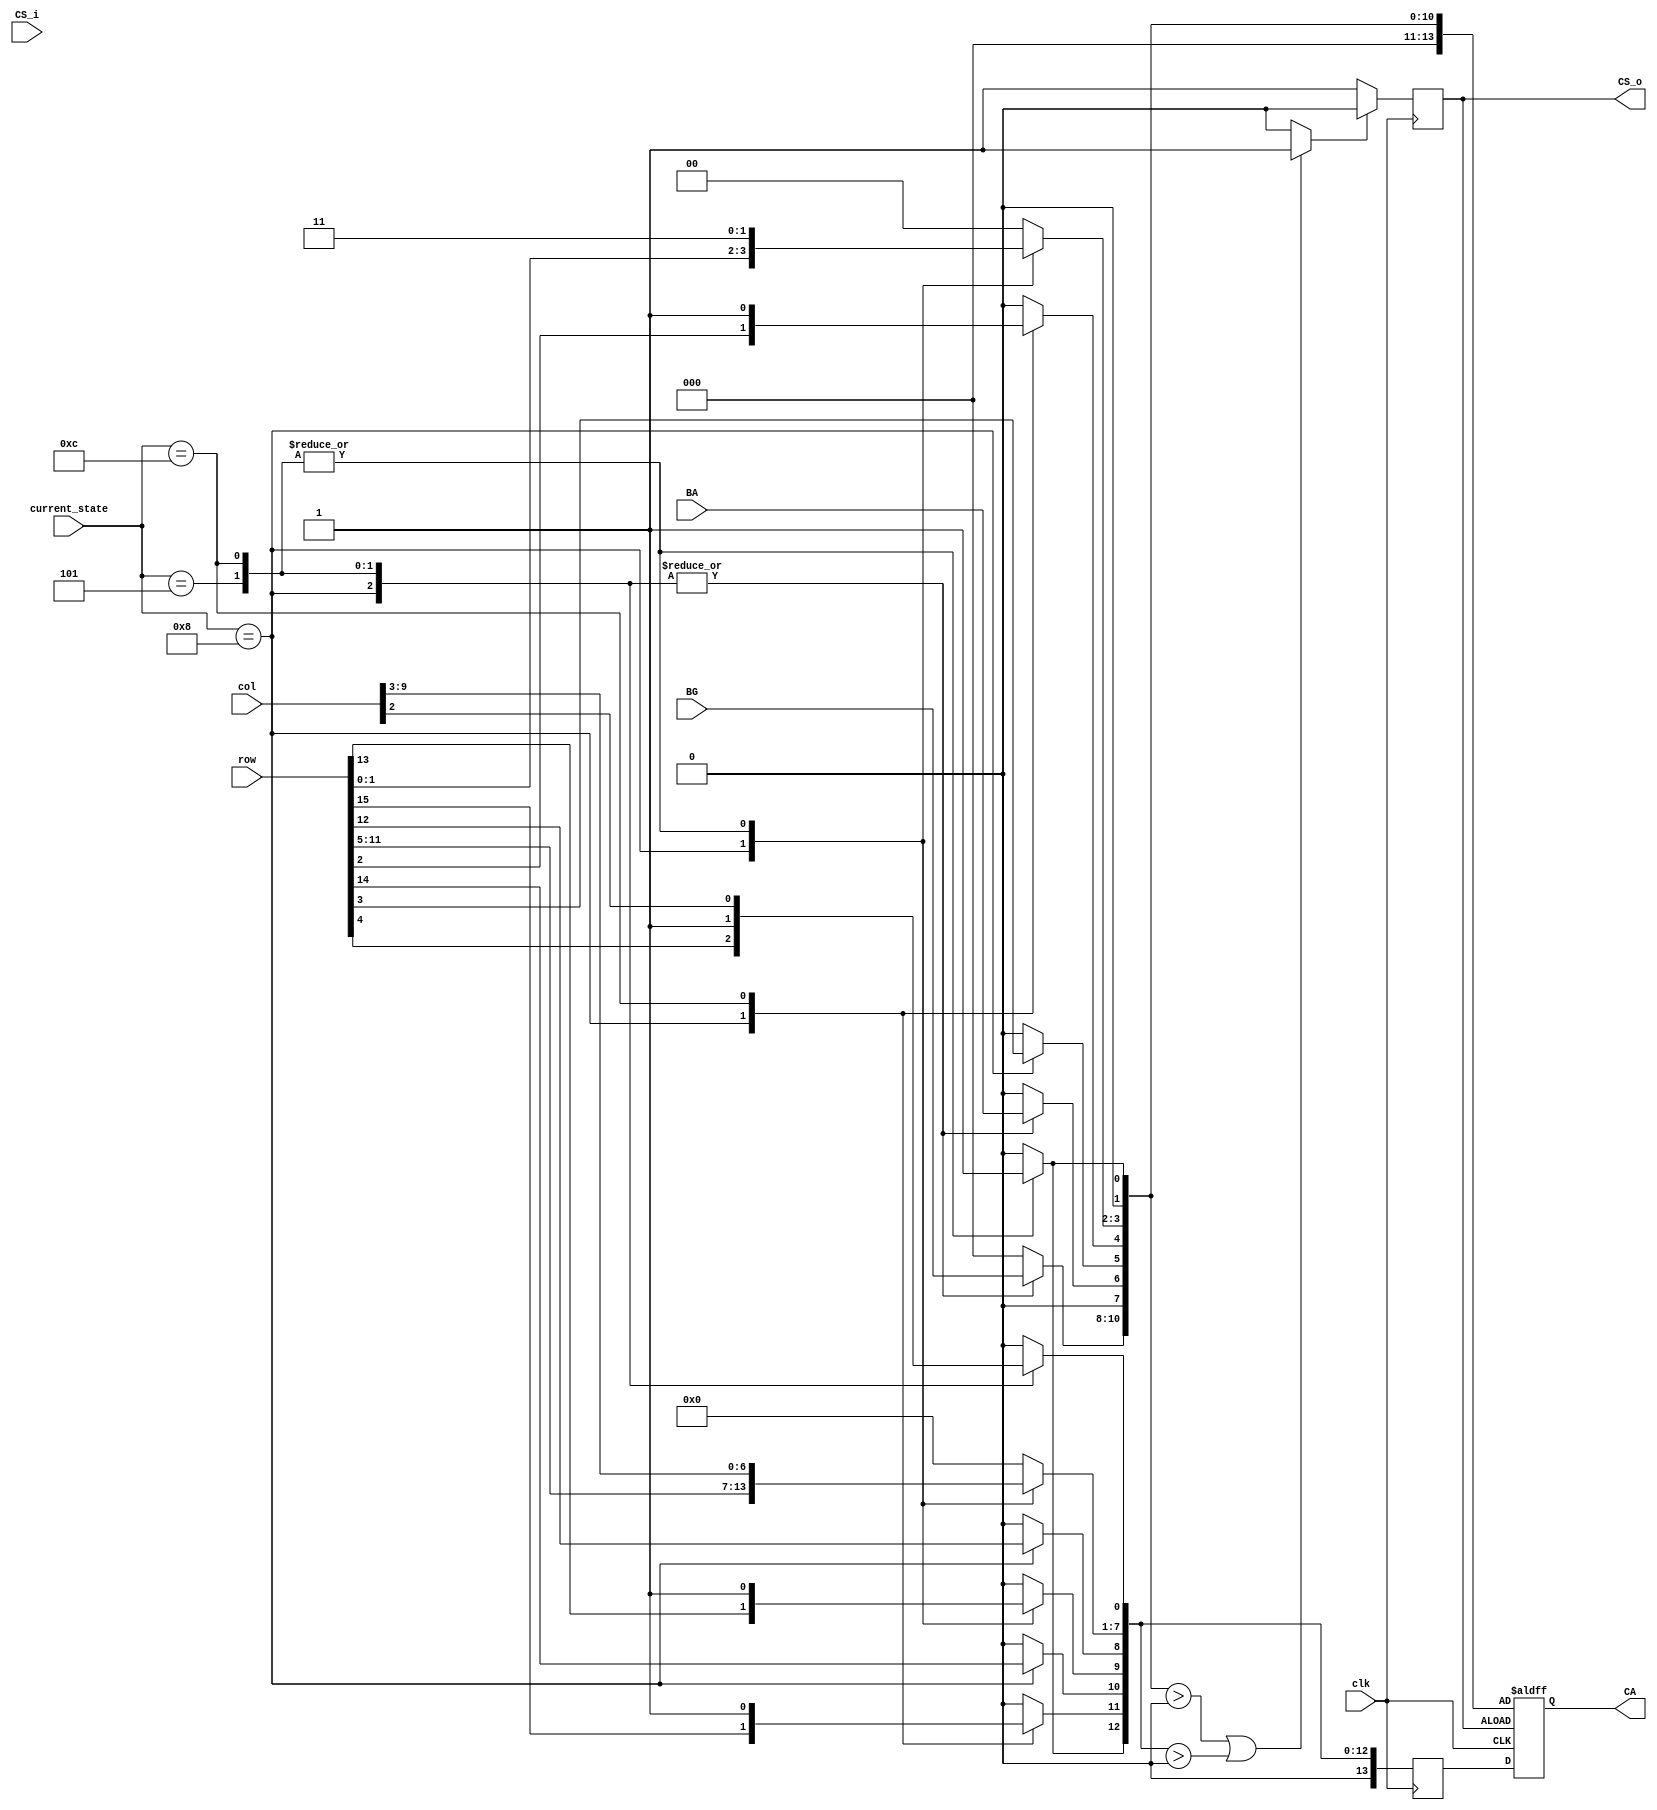
module pkt_gen(
    input [2:0]     BG,
    input           BA,
    input [15:0]    row,
    input [9:0]     col,
    input           CS_i,   //coming from pkt_gen_ctrl
                    clk,
    input [3:0]     current_state,

    output reg [13:0]   CA,
    //output              en,
    output reg          CS_o
);
//concatenate inputs in a certain way with CS at the begining 

reg [13:0] out1;
reg [13:0] out2;
reg [13:0] out3;
wire en;
assign en = (out1>0 || out2>0) ? 1'b1:1'b0;
wire VALID = 1'b1;

localparam [3:0]    IDLE = 4'd0,
                    ACT     =   4'd8,
                    WRP     =   4'd1,
                    WRPA    =   4'd3,
                    MRW     =   4'd2,
                    MRR     =   4'd6,
                    WR      =   4'd7,
                    WRA     =   4'd5,
                    RD      =   4'd4,
                    RDA     =   4'd12,
                    PRE     =   4'd13;

always @* begin
    case (current_state) 
        IDLE:begin
            out1[13:0] = 14'd0;
            out2[13:0] = 14'd0;
        end
        ACT:begin
                out1[1:0]    =   2'd0;
                out1[5:2]    =   row[3:0];
                out1[7:6]    =   {1'b0,BA}; //concatenation between BA and 0 on the MSB
                out1[10:8]   =   BG[2:0];
                out1[13:11]  =   3'd0;
                out2[11:0]   =   row[15:4];
                out2[13:12]  =   2'd0;
        end
        WRA:begin
                out1[0]      =   1'b1;
                out1[1]      =   1'b0;
                out1[3:2]    =   2'b11;
                out1[5:4]    =   2'd0;
                out1[7:6]    =   {1'b0,BA};
                out1[10:8]   =   BG[2:0];
                out1[13:11]  =   3'd0;
                out2[0]      =   VALID;   //VALID=HIGH
                out2[7:1]    =   col[9:3];
                out2[8]      =   1'b0;
                out2[9]      =   VALID;
                out2[11:10]  =   2'd0;
                out2[12]     =   VALID;
                out2[13]     =   1'b0;
        end
        RDA:begin
                out1[0]      =   1'b1;
                out1[1]      =   1'b0;
                out1[4:2]    =   3'b111;
                out1[5]      =   1'd0;
                out1[7:6]    =   {1'b0,BA};
                out1[10:8]   =   BG[2:0];
                out1[13:11]  =   3'd0;
                out2[7:0]    =   col[9:2];
                out2[8]      =   1'b0;
                out2[9]      =   VALID;
                out2[10]     =   1'd0;
                out2[11]     =   VALID;
                out2[12]     =   VALID;
                out2[13]     =   1'b0;
        end
         default:begin
            out1[13:0] = 14'd0;
            out2[13:0] = 14'd0;
        end
    endcase
end

always@(negedge clk)begin
    out3 <= out2;
end

always@(negedge clk)begin
    if(en)begin
        CS_o    =  1'b0;
    end
    else
        CS_o    =  1'b1;
end

always@(negedge clk or negedge CS_o)begin
    if(!CS_o)
        CA  <= out1;    
    else
        CA <= out3;
end

/*
always@(negedge clk)begin
    if(en)begin
        CA  <= CA_r;
    end
    else
        CA  <= 14'd0; //or CA remains unchanged?
end
*/


endmodule